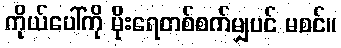
ကိုယ်ပေါ်ကို မိုးရေတစ်စက်မျှပင် မစင်။